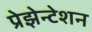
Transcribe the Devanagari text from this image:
प्रेझेन्टेशन